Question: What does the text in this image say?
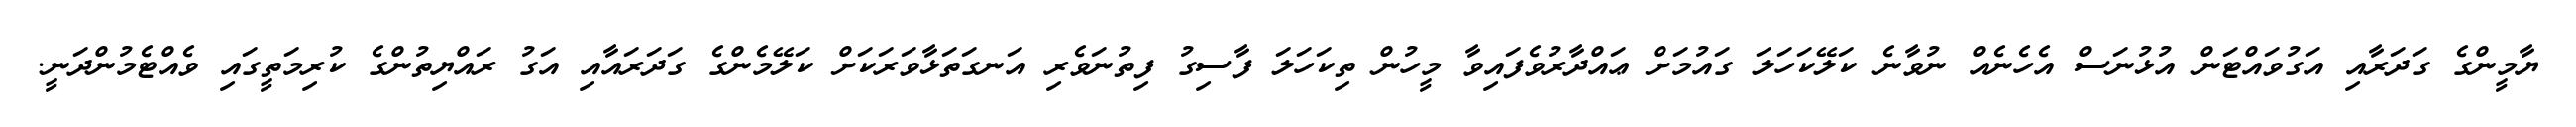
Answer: ޔާމީންގެ ގަދަރާއި އަގުވައްޓަން އުޅުނަސް އެހެނެއް ނުވާނެ ކަލޭކަހަލަ ގައުމަށް ޢައްދާރުވެފައިވާ މީހުން ތިކަހަލަ ފާސިގު ފިތުނަވެރި އަނގަތަޅާވަރަކަށް ކަލޭމެންގެ ގަދަރައާއި އަގު ރައްޔިތުންގެ ކުރިމަތީގައި ވެއްޓެމުންދަނީ.